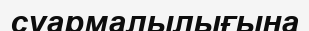
суармалылығына